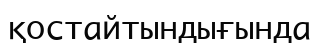
қостайтындығында